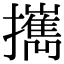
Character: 𢹂